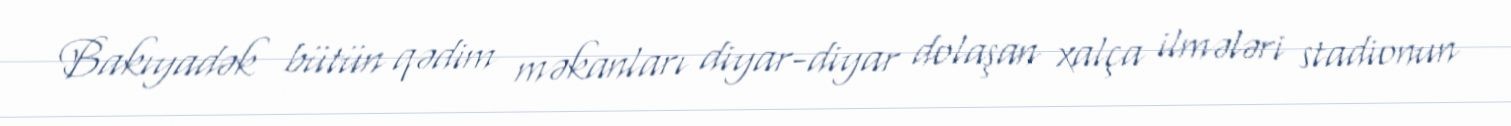
Bakıyadək bütün qədim məkanları diyar-diyar dolaşan xalça ilmələri stadionun